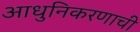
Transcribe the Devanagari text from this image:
आधुनिकरणाची